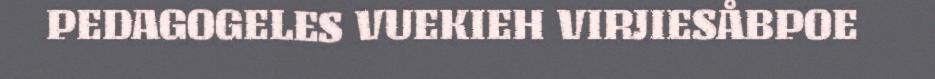
PEDAGOGELES VUEKIEH VIRJIESÅBPOE